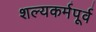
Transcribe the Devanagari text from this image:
शल्यकर्मपूर्व